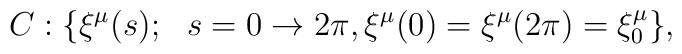
C: \{\xi^\mu(s); \ \ s = 0 \rightarrow 2 \pi, \xi^\mu(0) = \xi^\mu(2 \pi)   = \xi^\mu_0 \},